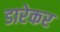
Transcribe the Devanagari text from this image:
डारेकर